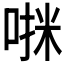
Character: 𫪷